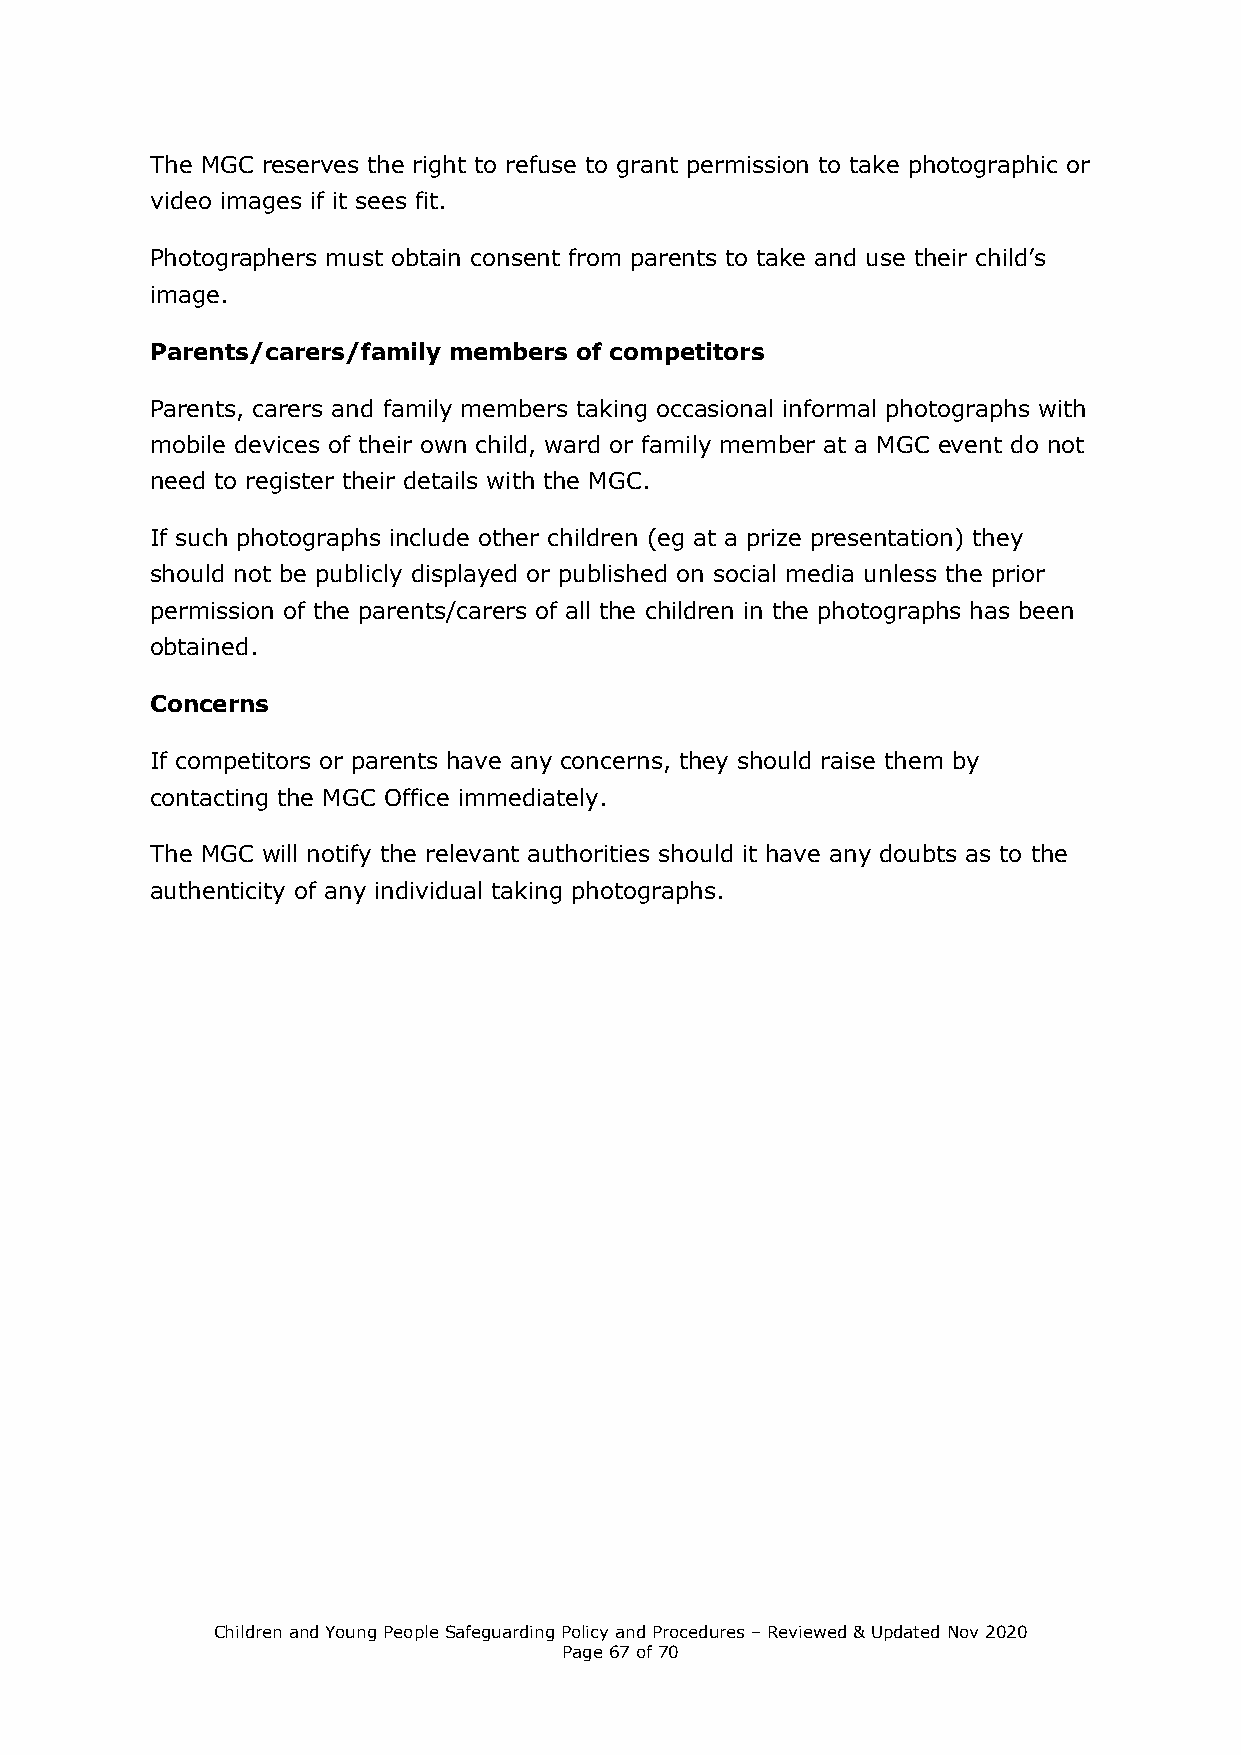
The MGC reserves the right to refuse to grant permission to take photographic or
 video images if it sees fit.
 Photographers must obtain consent from parents to take and use their child’s
 image.
 Parents/carers/family members of competitors
 Parents, carers and family members taking occasional informal photographs with
 mobile devices of their own child, ward or family member at a MGC event do not
 need to register their details with the MGC.
 If such photographs include other children (eg at a prize presentation) they
 should not be publicly displayed or published on social media unless the prior
 permission of the parents/carers of all the children in the photographs has been
 obtained.
 Concerns
 If competitors or parents have any concerns, they should raise them by
 contacting the MGC Office immediately.
 The MGC will notify the relevant authorities should it have any doubts as to the
 authenticity of any individual taking photographs.
 Children and Young People Safeguarding Policy and Procedures – Reviewed & Updated Nov 2020
 Page 67 of 70